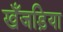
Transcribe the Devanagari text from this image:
खँजड़िया